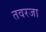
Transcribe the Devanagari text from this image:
तवरजा